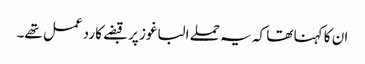
ان کا کہنا تھا کہ یہ حملے الباغوز پر قبضے کا ردعمل تھے۔